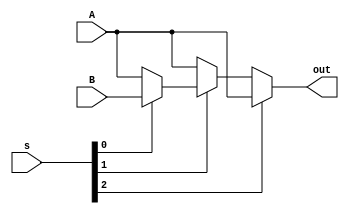
`timescale 1ns / 1ps
//////////////////////////////////////////////////////////////////////////////////
// Company: 
// Engineer: 
// 
// Design Name: 
// Module Name: mux3ne1
// Project Name: 
// Target Devices: 
// Tool Versions: 
// Description: 
// 
// Dependencies: 
// 
// Revision:
// Revision 0.01 - File Created
// Additional Comments:
// 
//////////////////////////////////////////////////////////////////////////////////


module mux3ne1(
input wire [22:0] A, input wire [22:0] B,
input wire [2:0] s, output [22:0] out
    );
    
assign out = s[2]? (s[1]?(s[0]?A:A):(s[0]?A:A)):(s[1]?(s[0]?B:A):(s[0]?A:A));  
endmodule